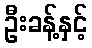
ဦးခန့်နှင့်